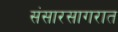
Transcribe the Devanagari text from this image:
संसारसागरात